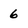
Character: 6